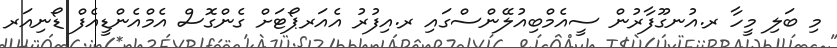
މި ބަލި މީހާ ރ.އުނގޫފާރުން ސީއެމްބިއުލޭންސްގައި ރ.އިފުރު އެއަރޕޯޓަށް ގެންގޮސް އެމްއެންޑީއެފް ޑޯނިއަރ